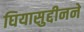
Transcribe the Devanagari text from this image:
घियासुद्दीनने